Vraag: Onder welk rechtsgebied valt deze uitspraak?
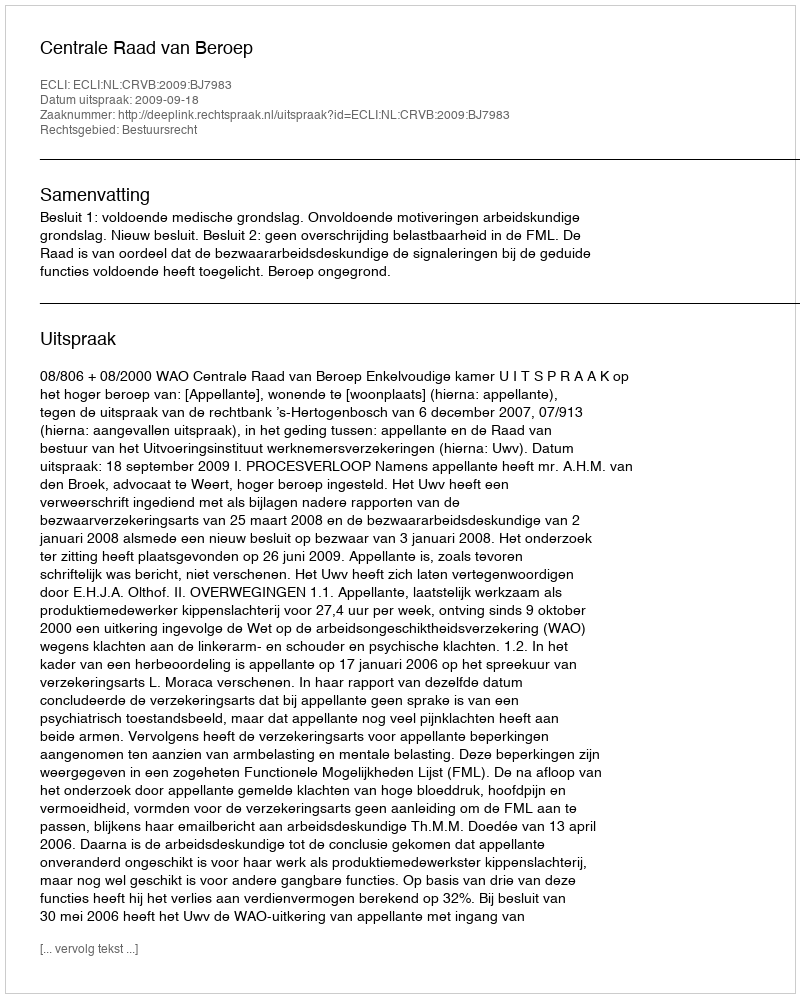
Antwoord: Bestuursrecht